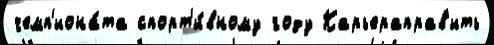
чемп'иона́та спорт'и́вному году Карьераправ'ить